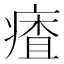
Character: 㾴